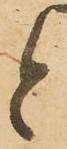
と